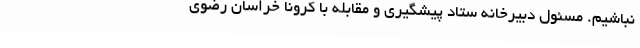
نباشیم. مسئول دبیرخانه ستاد پیشگیری و مقابله با کرونا خراسان رضوی